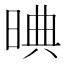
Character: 晪